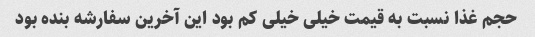
حجم غذا نسبت به قیمت خیلی خیلی کم بود این آخرین سفارشه بنده بود